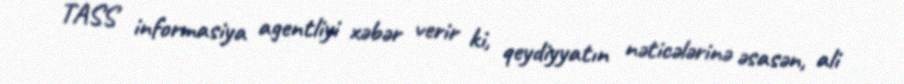
TASS informasiya agentliyi xəbər verir ki, qeydiyyatın nəticələrinə əsasən, ali